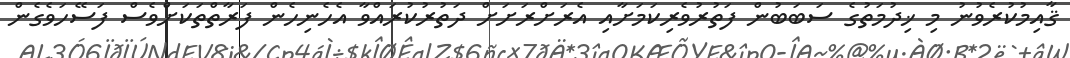
ޤާއިމުކުރެވުނު މި ޚިދުމަތުގެ ސަބަބުން ފަތުރުވެރިކަމަށާއި އެރަށްރަށަށް ދަތުރުކުރައްވާ އެހެނިހެން ފަރާތްތަކަށްވެސް ފަސޭހަވެގެން